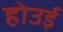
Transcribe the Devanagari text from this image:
होउई